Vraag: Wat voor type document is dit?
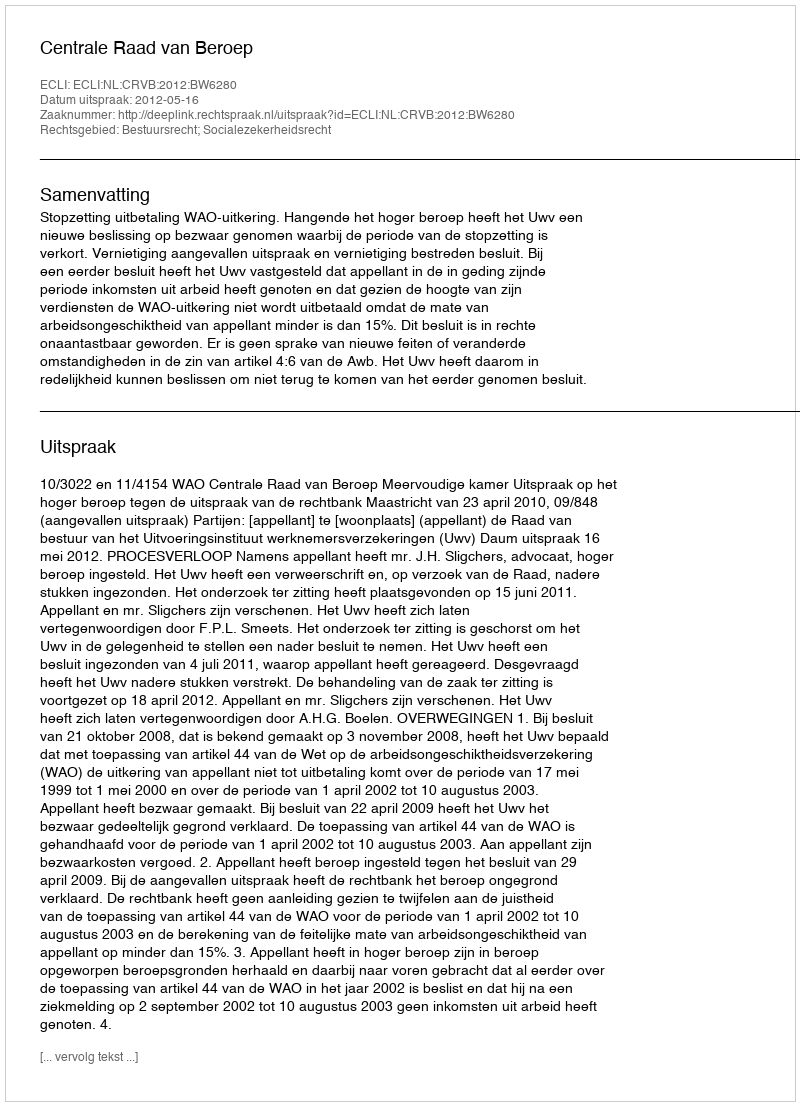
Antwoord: Uitspraak